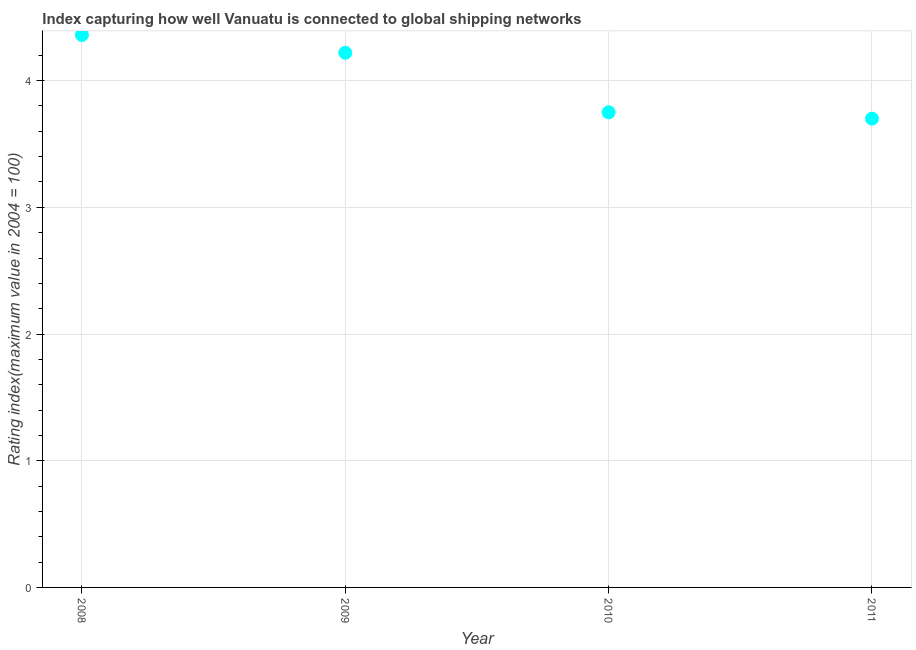
| Year | Liner shipping connectivity index  |
 | --- | --- |
 | 2008 | 4.36 |
 | 2009 | 4.22 |
 | 2010 | 3.75 |
 | 2011 | 3.7 |